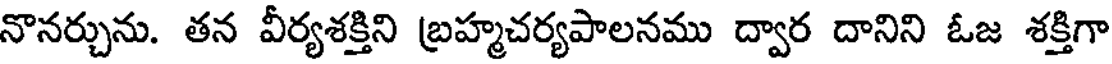
నొనర్చును. తన వీర్యశక్తిని బ్రహ్మచర్యపాలనము ద్వార దానిని ఓజ శక్తిగా